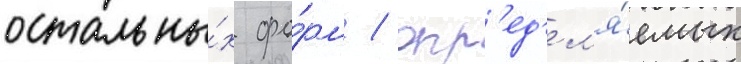
остальны́х фо́рм / опр'ед'ел'я́емых